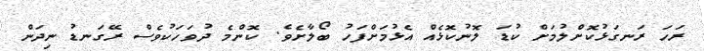
ރަހަ ރަނގަޅުކޮށްލުމަށް ކުޑަ ލޮނުކޮޅެއް އެޅުމަށްފަހު ބޯލާށެވެ. ކޮންމެ ދުވަހަކުވެސް ރޭގަނޑު ނިދަން